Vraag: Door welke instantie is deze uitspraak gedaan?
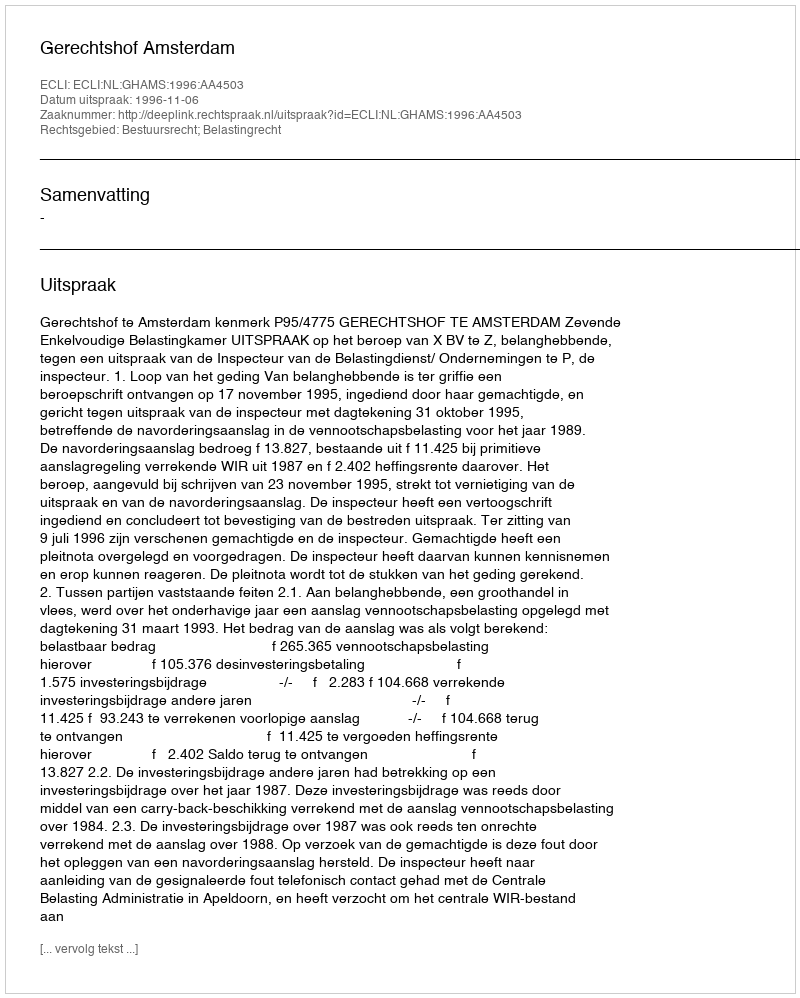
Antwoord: Gerechtshof Amsterdam